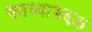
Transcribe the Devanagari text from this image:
काव्याबद्दल